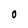
Character: o